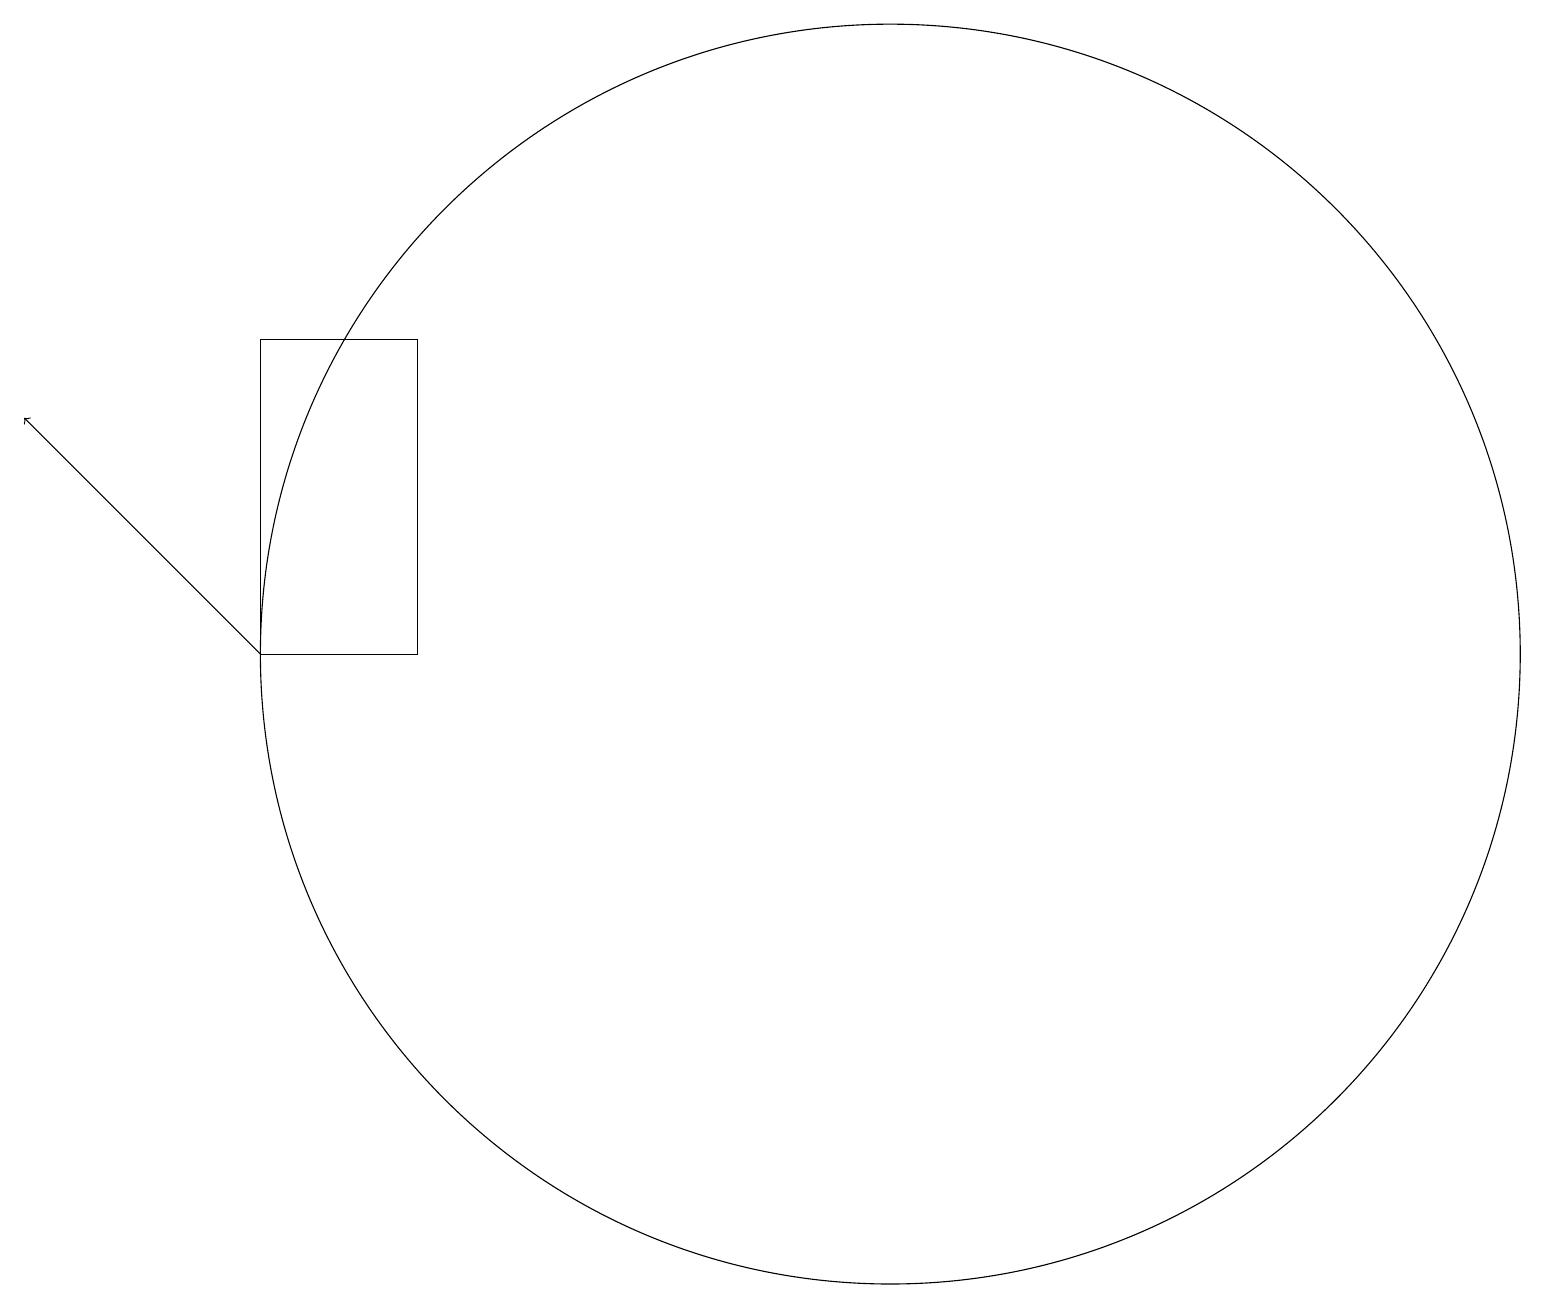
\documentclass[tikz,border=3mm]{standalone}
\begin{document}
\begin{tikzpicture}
\draw[->] (3,12) -- (0,15);
\draw (3,16) rectangle (5,12);
\draw (11,12) circle (8);
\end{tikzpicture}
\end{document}